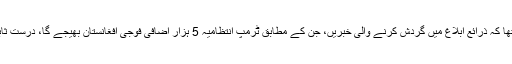
ان کا یہ بھی کہنا تھا کہ ذرائع ابلاغ میں گردش کرنے والی خبریں، جن کے مطابق ٹرمپ انتظامیہ 5 ہزار اضافی فوجی افغانستان بھیجے گا، درست ثابت ہونے والی ہیں۔